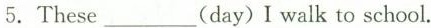
5.These ___(day) I walk to school.